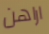
اراهن